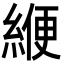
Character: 緶